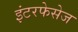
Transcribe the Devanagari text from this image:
इंटरफेसेज